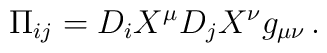
\Pi_{ij}  =D_i X^{\mu}D_j X^{\nu}g_{\mu\nu} \, .